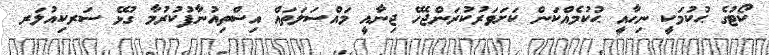
ކޯޓުގެ ޙުކުމަކީ ނިހާއީ ޙުކުމެއްކަން ކަށަވަރުކުރަންޖެހޭ ޖިނާއީ މައްސަލަތައް އިސްތިއުނާފުކުރުމާ ގުޅޭ ސަރކިއުލަރ